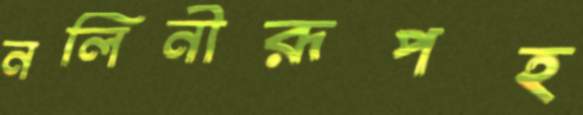
নলিনীরূপহ